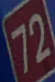
72